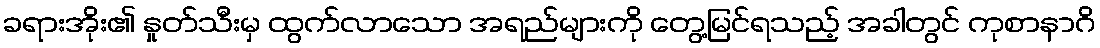
ခရားအိုး၏ နှုတ်သီးမှ ထွက်လာသော အရည်များကို တွေ့မြင်ရသည့် အခါတွင် ကုစာနာဂိ